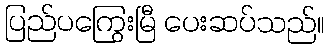
ပြည်ပကြွေးမြီ ပေးဆပ်သည်။